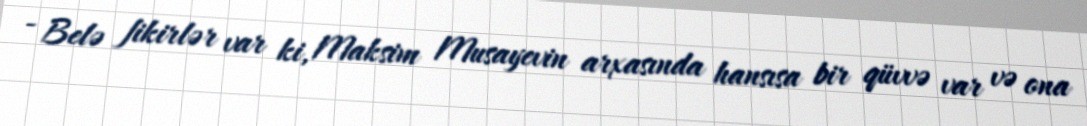
- Belə fikirlər var ki, Maksim Musayevin arxasında hansısa bir qüvvə var və ona